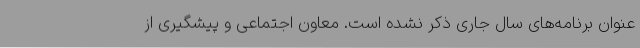
عنوان برنامه‌های سال جاری ذکر نشده است. معاون اجتماعی و پیشگیری از